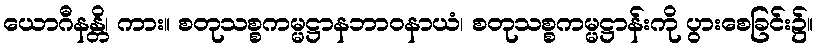
ယောဂီနန္တိ၊ ကား။ စတုသစ္စကမ္မဋ္ဌာနဘာဝနာယံ၊ စတုသစ္စကမ္မဋ္ဌာန်းကို ပွားစေခြင်း၌။